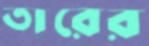
তারের